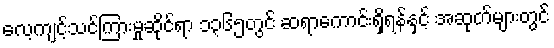
လေ့ကျင့်သင်ကြားမှုဆိုင်ရာ ၁၃၆၅တွင် ဆရာကောင်းရှိရန်နှင့် အဆုတ်များတွင်